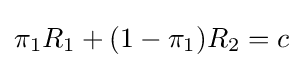
\pi _{1}R_{1}+(1-\pi _{1})R_{2}=c